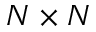
N \times N